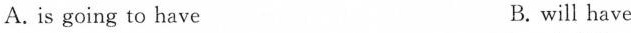
A. is going to have B. will have